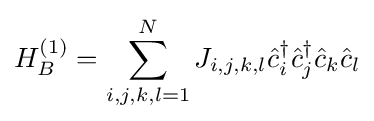
H_{B}^{(1)}=\sum _{i,j,k,l=1}^{N}J_{i,j,k,l}{\hat {c}}_{i}^{\dagger }{\hat {c}}_{j}^{\dagger }{\hat {c}}_{k}{\hat {c}}_{l}